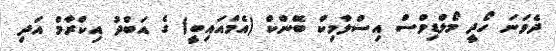
ދެވަނަ ހޯދީ މޯލްޑިވްސް އިސްލާމިކް ބޭންކް (އެމްއައިބީ) ގެ އަބްދު އިކްރާމް އަދި